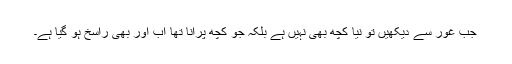
جب غور سے دیکھیں تو نیا کُچھ بھی نہیں ہے بلکہ جو کچھ پرانا تھا اب اور بھی راسخ ہو گیا ہے۔